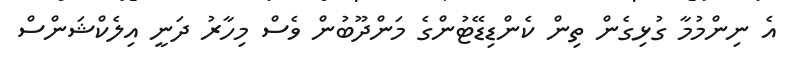
އެ ނިންމުމާ ގުޅިގެން ތިން ކެންޑިޑޭޓުންގެ މަންދޫބުން ވެސް މިހާރު ދަނީ އިލެކްޝަންސް